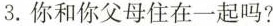
3.你和你父母住在一起吗?